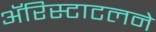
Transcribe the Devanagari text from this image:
ॲरिस्टाटलने